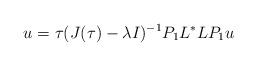
LaTeX: \begin{align*} u=\tau(J(\tau)-\lambda I)^{-1}P_1L^*LP_1u\end{align*}